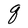
Character: q